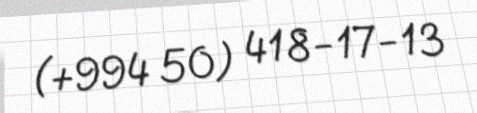
(+994 50) 418-17-13